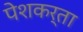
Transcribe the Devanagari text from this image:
पेशकर्ता